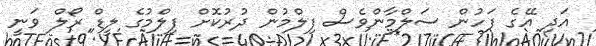
އަދި އޭގެ ފަހުން ސަލްމާންވެސް ފިލްމުން ދުރުކޮށް ފިލްމުގެ ލީޑް ރޯލް ވަނީ